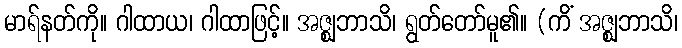
မာရ်နတ်ကို။ ဂါထာယ၊ ဂါထာဖြင့်။ အဇ္ဈဘာသိ၊ ရွတ်တော်မူ၏။ (ကိံ အဇ္ဈဘာသိ၊